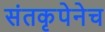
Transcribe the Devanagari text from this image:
संतकृपेनेच